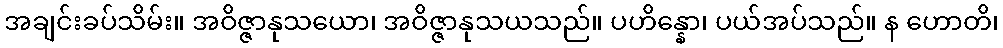
အချင်းခပ်သိမ်း။ အဝိဇ္ဇာနုသယော၊ အဝိဇ္ဇာနုသယသည်။ ပဟိန္နော၊ ပယ်အပ်သည်။ န ဟောတိ၊